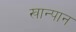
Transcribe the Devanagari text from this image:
खान्पान